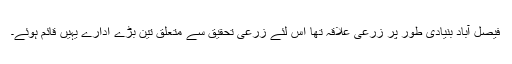
فیصل آباد بنیادی طور پر زرعی علاقہ تھا اس لئے زرعی تحقیق سے متعلق تین بڑے ادارے یہیں قائم ہوئے۔